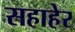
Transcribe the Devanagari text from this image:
सहाहेर